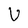
Character: U